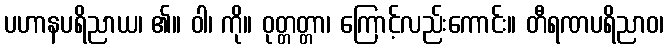
ပဟာနပရိညာယ၊ ၏။ ဝါ၊ ကို။ ဝုတ္တတ္တာ၊ ကြောင့်လည်းကောင်း။ တီရဏပရိညာဝ၊